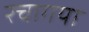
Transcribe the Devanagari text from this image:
रचागया